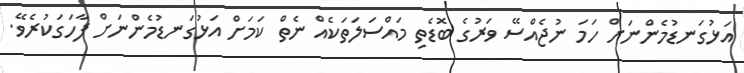
އަޅުގަނޑުމެންނަށް ހަމަ ނުޖެއްސޭ ވަރުގެ ބޮޑެތި މައްސަލަތަކެއް ނެތް ކަމަށް އަޅުގަނޑުމެންނަށް ފާހަގަކުރެވޭ.